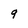
Character: 9